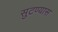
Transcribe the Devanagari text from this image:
सुटण्यास